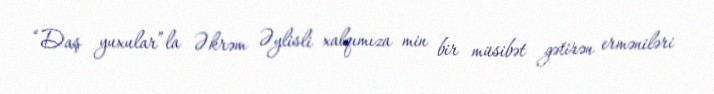
“Daş yuxular”la Əkrəm Əylisli xalqımıza min bir müsibət gətirən erməniləri